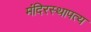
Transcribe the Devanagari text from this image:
मंदिरस्थापत्य